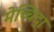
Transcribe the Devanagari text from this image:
मेच्चिदा